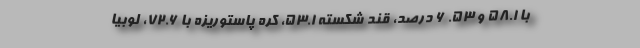
با ۵۸.۱ و ۵۳. ۶ درصد، قند شکسته ۵۳.۱، کره پاستوریزه با ۷۲.۶، لوبیا